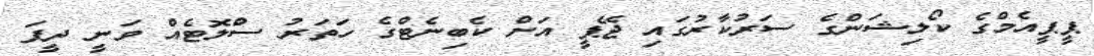
ޕީޕީއެމްގެ ކޯލިޝަންގެ ސަރުކާރުގައި ޖޭޕީ އަށް ކެބިނެޓްގެ ހަތަރު ސްލޮޓެއް ވަނީ ދީފަ